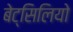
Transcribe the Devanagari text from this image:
बेट्सिलियो